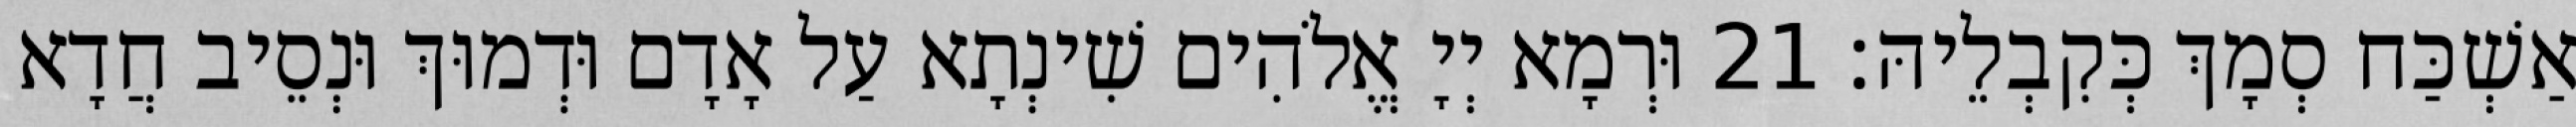
אַשְׁכַּח סְמָךְ כְּקִבְלֵיהּ׃ 21 וּרְמָא יְיָ אֱלֹהִים שִׁינְתָא עַל אָדָם וּדְמוּךְ וּנְסֵיב חֲדָא